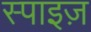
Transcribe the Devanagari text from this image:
स्पाइज़